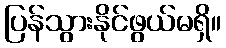
ပြန်သွားနိုင်ဖွယ်မရှိ။